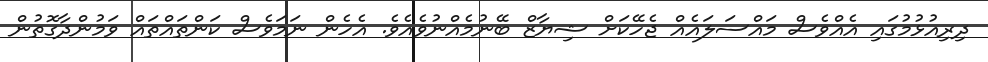
ދިރިއުޅުމުގައި އެއްވެސް މައްސަލައެއް ޖެހޭކަށް ޝިޔާޒް ބޭނުމެއްނުވެއެވެ. އެހެން ނަމަވެސް ކަންތައްތައް ވަމުންދާގޮތުން